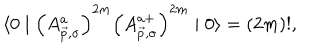
\langle 0 \mid \left( A _ { \vec { p } , \sigma } ^ { a } \right) ^ { 2 m } \left( A _ { \vec { p } , \sigma } ^ { a + } \right) ^ { 2 m } \mid 0 \rangle = \left( 2 m \right) ! ,